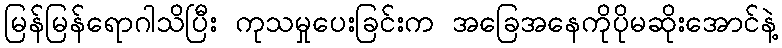
မြန်မြန်ရောဂါသိပြီး ကုသမှုပေးခြင်းက အခြေအနေကိုပိုမဆိုးအောင်နဲ့